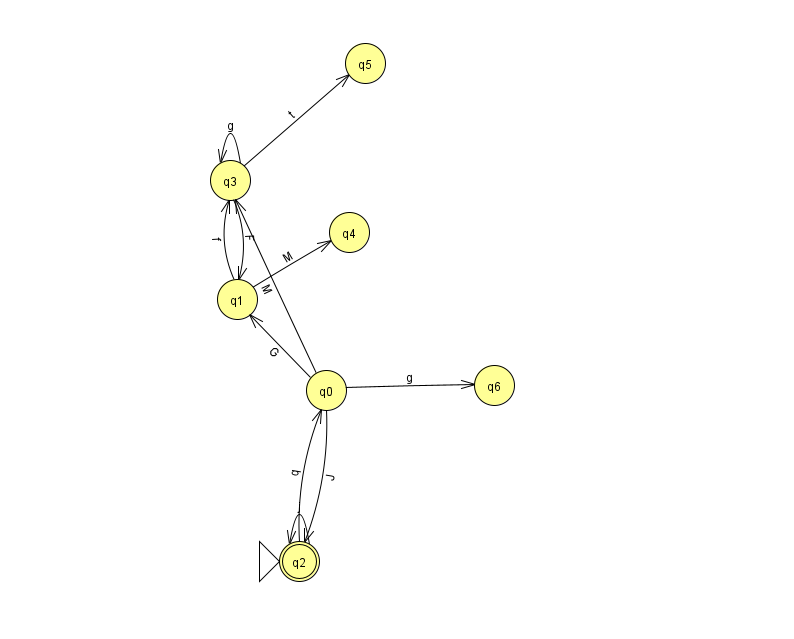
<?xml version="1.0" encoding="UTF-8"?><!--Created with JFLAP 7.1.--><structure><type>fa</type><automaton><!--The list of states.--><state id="0" name="q0"><x>326.0</x><y>377.0</y></state><state id="1" name="q1"><x>237.0</x><y>286.0</y></state><state id="2" name="q2"><x>299.0</x><y>548.0</y><initial/><final/></state><state id="3" name="q3"><x>230.0</x><y>167.0</y></state><state id="4" name="q4"><x>349.0</x><y>219.0</y></state><state id="5" name="q5"><x>365.0</x><y>50.0</y></state><state id="6" name="q6"><x>494.0</x><y>372.0</y></state><!--The list of transitions.--><transition><from>1</from><to>3</to><read>f</read></transition><transition><from>3</from><to>1</to><read>F</read></transition><transition><from>3</from><to>5</to><read>t</read></transition><transition><from>0</from><to>3</to><read>M</read></transition><transition><from>0</from><to>2</to><read>J</read></transition><transition><from>3</from><to>3</to><read>g</read></transition><transition><from>0</from><to>1</to><read>G</read></transition><transition><from>0</from><to>6</to><read>g</read></transition><transition><from>2</from><to>2</to><read>j</read></transition><transition><from>1</from><to>4</to><read>M</read></transition><transition><from>2</from><to>0</to><read>q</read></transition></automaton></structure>